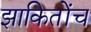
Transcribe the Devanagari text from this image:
झाकितोंच